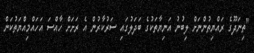
"ތިނަދޫގެ ރައްޔިތުންނަށް ލިބުނު އަނިޔާތަކުގެ ބަދަލުގައި ސަރުކާރުން އެ ރަށަށް ހާއްސަ އަހައްމިއްޔަތުކަން